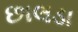
છાલડા